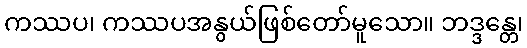
ကဿပ၊ ကဿပအနွယ်ဖြစ်တော်မူသော။ ဘဒ္ဒန္တေ၊